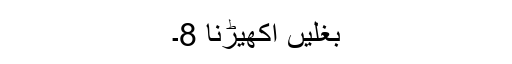
بغلیں اکھیڑنا 8۔